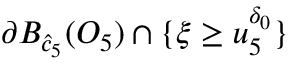
\partial B _ { \hat { c } _ { 5 } } ( O _ { 5 } ) \cap \{ \xi \geq u _ { 5 } ^ { \delta _ { 0 } } \}